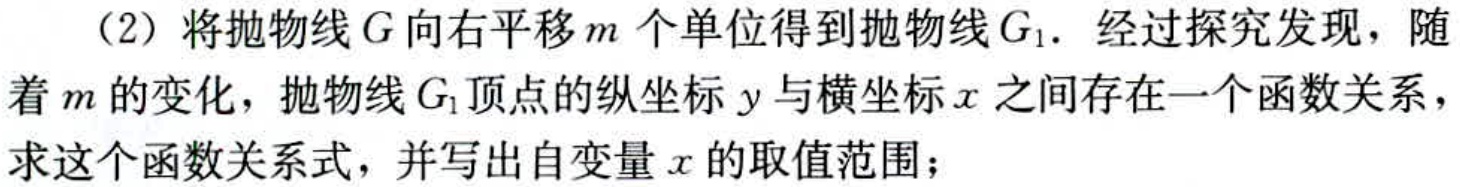
（2）将抛物线\(G\)向右平移\(m\)个单位得到抛物线\(G_{1}\)．经过探究发现，随着\(m\)的变化，抛物线\(G_{1}\)顶点的纵坐标\(y\)与横坐标\(x\)之间存在一个函数关系，求这个函数关系式，并写出自变量\(x\)的取值范围；